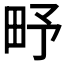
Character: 𤰩